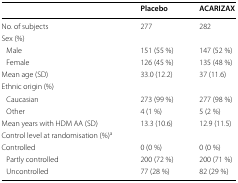
<table><thead><tr><td></td><td><b>Placebo</b></td><td><b>ACARIZAX</b></td></tr></thead><tbody><tr><td>No. of subjects</td><td>277</td><td>282</td></tr><tr><td colspan="3">Sex (%)</td></tr><tr><td> Male</td><td>151 (55 %)</td><td>147 (52 %)</td></tr><tr><td> Female</td><td>126 (45 %)</td><td>135 (48 %)</td></tr><tr><td>Mean age (SD)</td><td>33.0 (12.2)</td><td>37 (11.6)</td></tr><tr><td colspan="3">Ethnic origin (%)</td></tr><tr><td> Caucasian</td><td>273 (99 %)</td><td>277 (98 %)</td></tr><tr><td> Other</td><td>4 (1 %)</td><td>5 (2 %)</td></tr><tr><td>Mean years with HDM AA (SD)</td><td>13.3 (10.6)</td><td>12.9 (11.5)</td></tr><tr><td colspan="3">Control level at randomisation (%)<sup>a</sup></td></tr><tr><td>Controlled</td><td>0 (0 %)</td><td>0 (0 %)</td></tr><tr><td> Partly controlled</td><td>200 (72 %)</td><td>200 (71 %)</td></tr><tr><td> Uncontrolled</td><td>77 (28 %)</td><td>82 (29 %)</td></tr></tbody></table>